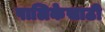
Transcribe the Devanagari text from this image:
पालिकेसाठी